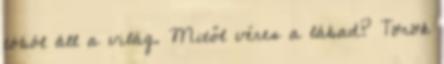
tóból áll a világ. Mitől véres a lábad? Török